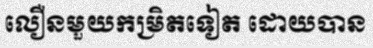
លឿនមួយកម្រិតទៀត ដោយបាន